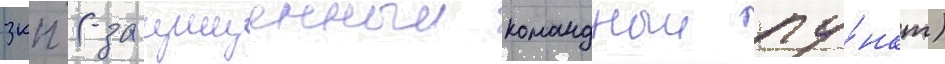
зкп (защищенныи командныи пу́нкт)